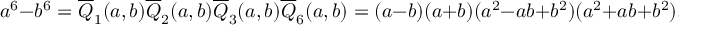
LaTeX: a ^ { 6 } - b ^ { 6 } = { \overline { { Q } } } _ { 1 } ( a , b ) { \overline { { Q } } } _ { 2 } ( a , b ) { \overline { { Q } } } _ { 3 } ( a , b ) { \overline { { Q } } } _ { 6 } ( a , b ) = ( a - b ) ( a + b ) ( a ^ { 2 } - a b + b ^ { 2 } ) ( a ^ { 2 } + a b + b ^ { 2 } ) ,